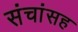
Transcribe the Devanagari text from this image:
संचांसह